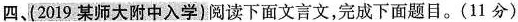
四、(2019某师大附中入学)阅读下面文言文，完成下面题目。(11分)